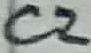
Text: C2